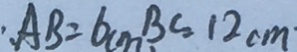
: A B = 6 c m B C = 1 2 c m